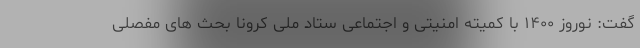
گفت: نوروز ۱۴۰۰ با کمیته امنیتی و اجتماعی ستاد ملی کرونا بحث های مفصلی